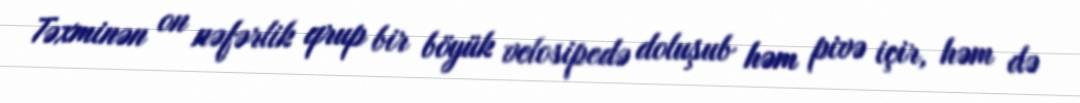
Təxminən on nəfərlik qrup bir böyük velosipedə doluşub həm pivə içir, həm də